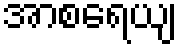
အာစရေယျ